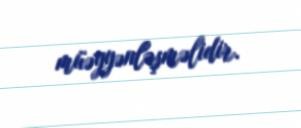
müəyyənləşməlidir.